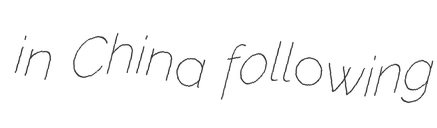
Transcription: in China following